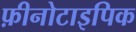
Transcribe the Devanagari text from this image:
फ़ीनोटाइपिक